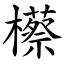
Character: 櫒